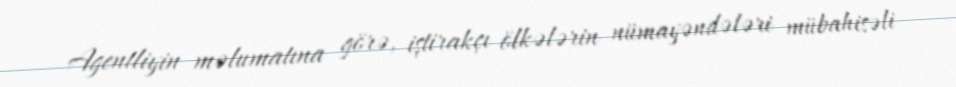
Agentliyin məlumatına görə, iştirakçı ölkələrin nümayəndələri mübahisəli